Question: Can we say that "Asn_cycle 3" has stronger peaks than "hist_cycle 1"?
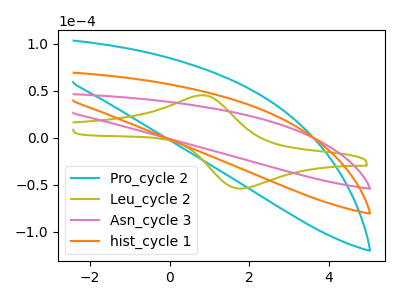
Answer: <think>The cyan curve "Pro_cycle 2" has no peaks. The olive curve "Leu_cycle 2" has an anodic peak at (0.85V, 45.40uA) and a cathodic peak at (1.75V, -54.05uA). The pink curve "Asn_cycle 3" has no peaks. The orange curve "hist_cycle 1" has no peaks.</think>
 <answer>Niether CV has any peaks.</answer>
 <eval>blanks</eval>